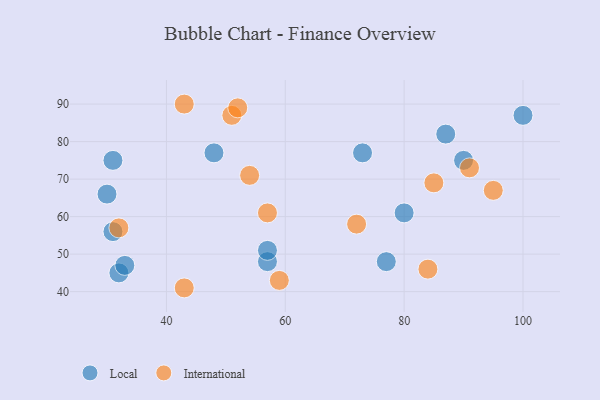
{"axis": {"x": "GDP", "y": "Life Expectancy"}, "legend": ["International", "Local"], "data": [{"x": "32", "y": 45, "type": "Local"}, {"x": "77", "y": 48, "type": "Local"}, {"x": "31", "y": 75, "type": "Local"}, {"x": "87", "y": 82, "type": "Local"}, {"x": "100", "y": 87, "type": "Local"}, {"x": "31", "y": 56, "type": "Local"}, {"x": "57", "y": 48, "type": "Local"}, {"x": "73", "y": 77, "type": "Local"}, {"x": "30", "y": 66, "type": "Local"}, {"x": "57", "y": 51, "type": "Local"}, {"x": "80", "y": 61, "type": "Local"}, {"x": "33", "y": 47, "type": "Local"}, {"x": "48", "y": 77, "type": "Local"}, {"x": "90", "y": 75, "type": "Local"}, {"x": "51", "y": 87, "type": "International"}, {"x": "85", "y": 69, "type": "International"}, {"x": "43", "y": 90, "type": "International"}, {"x": "52", "y": 89, "type": "International"}, {"x": "72", "y": 58, "type": "International"}, {"x": "59", "y": 43, "type": "International"}, {"x": "43", "y": 41, "type": "International"}, {"x": "91", "y": 73, "type": "International"}, {"x": "95", "y": 67, "type": "International"}, {"x": "54", "y": 71, "type": "International"}, {"x": "57", "y": 61, "type": "International"}, {"x": "32", "y": 57, "type": "International"}, {"x": "84", "y": 46, "type": "International"}]}